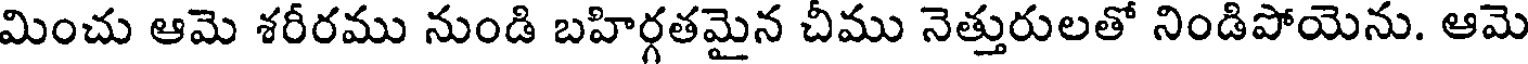
మించు ఆమె శరీరము నుండి బహిర్గతమైన చీము నెత్తురులతో నిండిపోయెను. ఆమె